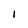
Character: I